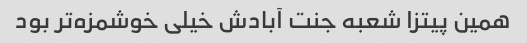
همین پیتزا شعبه جنت آبادش خیلی خوشمزه‌تر بود